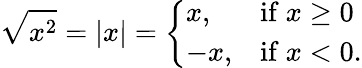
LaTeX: {\sqrt{x^{2}}}=\left|x\right|={\left\{ \begin{array}{ll}{x,}&{{\mathrm{if~}}x\geq 0}\\ {-x,}&{{\mathrm{if~}}x<0.}\end{array}\right.}